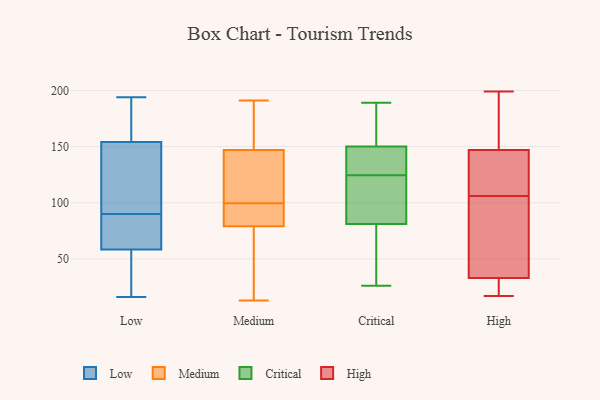
{"axis": {"x": "Churn Rate (%)", "y": "Value"}, "legend": ["Critical", "High", "Low", "Medium"], "data": [{"x": "", "y": 194, "type": "Low"}, {"x": "", "y": 21, "type": "Low"}, {"x": "", "y": 122, "type": "Low"}, {"x": "", "y": 190, "type": "Low"}, {"x": "", "y": 44, "type": "Low"}, {"x": "", "y": 16, "type": "Low"}, {"x": "", "y": 82, "type": "Low"}, {"x": "", "y": 90, "type": "Low"}, {"x": "", "y": 142, "type": "Low"}, {"x": "", "y": 81, "type": "Low"}, {"x": "", "y": 63, "type": "Low"}, {"x": "", "y": 73, "type": "Low"}, {"x": "", "y": 30, "type": "Low"}, {"x": "", "y": 174, "type": "Low"}, {"x": "", "y": 108, "type": "Low"}, {"x": "", "y": 148, "type": "Low"}, {"x": "", "y": 172, "type": "Low"}, {"x": "", "y": 102, "type": "Medium"}, {"x": "", "y": 79, "type": "Medium"}, {"x": "", "y": 140, "type": "Medium"}, {"x": "", "y": 126, "type": "Medium"}, {"x": "", "y": 75, "type": "Medium"}, {"x": "", "y": 81, "type": "Medium"}, {"x": "", "y": 173, "type": "Medium"}, {"x": "", "y": 154, "type": "Medium"}, {"x": "", "y": 71, "type": "Medium"}, {"x": "", "y": 95, "type": "Medium"}, {"x": "", "y": 33, "type": "Medium"}, {"x": "", "y": 191, "type": "Medium"}, {"x": "", "y": 13, "type": "Medium"}, {"x": "", "y": 180, "type": "Medium"}, {"x": "", "y": 89, "type": "Medium"}, {"x": "", "y": 144, "type": "Medium"}, {"x": "", "y": 97, "type": "Medium"}, {"x": "", "y": 147, "type": "Medium"}, {"x": "", "y": 81, "type": "Critical"}, {"x": "", "y": 133, "type": "Critical"}, {"x": "", "y": 59, "type": "Critical"}, {"x": "", "y": 189, "type": "Critical"}, {"x": "", "y": 123, "type": "Critical"}, {"x": "", "y": 184, "type": "Critical"}, {"x": "", "y": 68, "type": "Critical"}, {"x": "", "y": 90, "type": "Critical"}, {"x": "", "y": 126, "type": "Critical"}, {"x": "", "y": 165, "type": "Critical"}, {"x": "", "y": 95, "type": "Critical"}, {"x": "", "y": 38, "type": "Critical"}, {"x": "", "y": 100, "type": "Critical"}, {"x": "", "y": 148, "type": "Critical"}, {"x": "", "y": 169, "type": "Critical"}, {"x": "", "y": 133, "type": "Critical"}, {"x": "", "y": 150, "type": "Critical"}, {"x": "", "y": 26, "type": "Critical"}, {"x": "", "y": 33, "type": "High"}, {"x": "", "y": 77, "type": "High"}, {"x": "", "y": 177, "type": "High"}, {"x": "", "y": 135, "type": "High"}, {"x": "", "y": 30, "type": "High"}, {"x": "", "y": 147, "type": "High"}, {"x": "", "y": 199, "type": "High"}, {"x": "", "y": 185, "type": "High"}, {"x": "", "y": 17, "type": "High"}, {"x": "", "y": 139, "type": "High"}, {"x": "", "y": 36, "type": "High"}, {"x": "", "y": 66, "type": "High"}, {"x": "", "y": 135, "type": "High"}, {"x": "", "y": 33, "type": "High"}]}